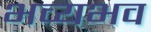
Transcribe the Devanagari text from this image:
भव्यभव